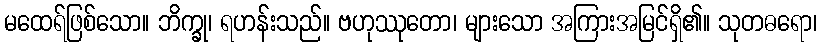
မထေရ်ဖြစ်သော။ ဘိက္ခု၊ ရဟန်းသည်။ ဗဟုဿုတော၊ များသော အကြားအမြင်ရှိ၏။ သုတဓရော၊